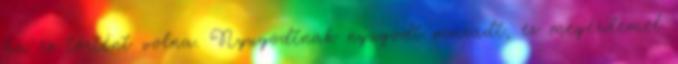
ha ez történt volna. Nyugodtnak nyugodt maradt, ez megérdemel